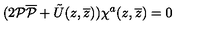
( 2 { \cal P } { \overline { { \cal P } } } + \tilde { U } ( z , \overline { { z } } ) ) \chi ^ { a } ( z , \overline { { z } } ) = 0